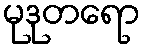
မုဒုတရော